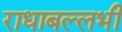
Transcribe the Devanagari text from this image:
राधाबल्लभी